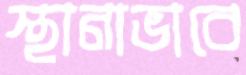
স্থানাভাবে